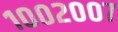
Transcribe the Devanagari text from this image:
१००२००७